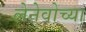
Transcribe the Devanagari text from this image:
लेनेवोच्या